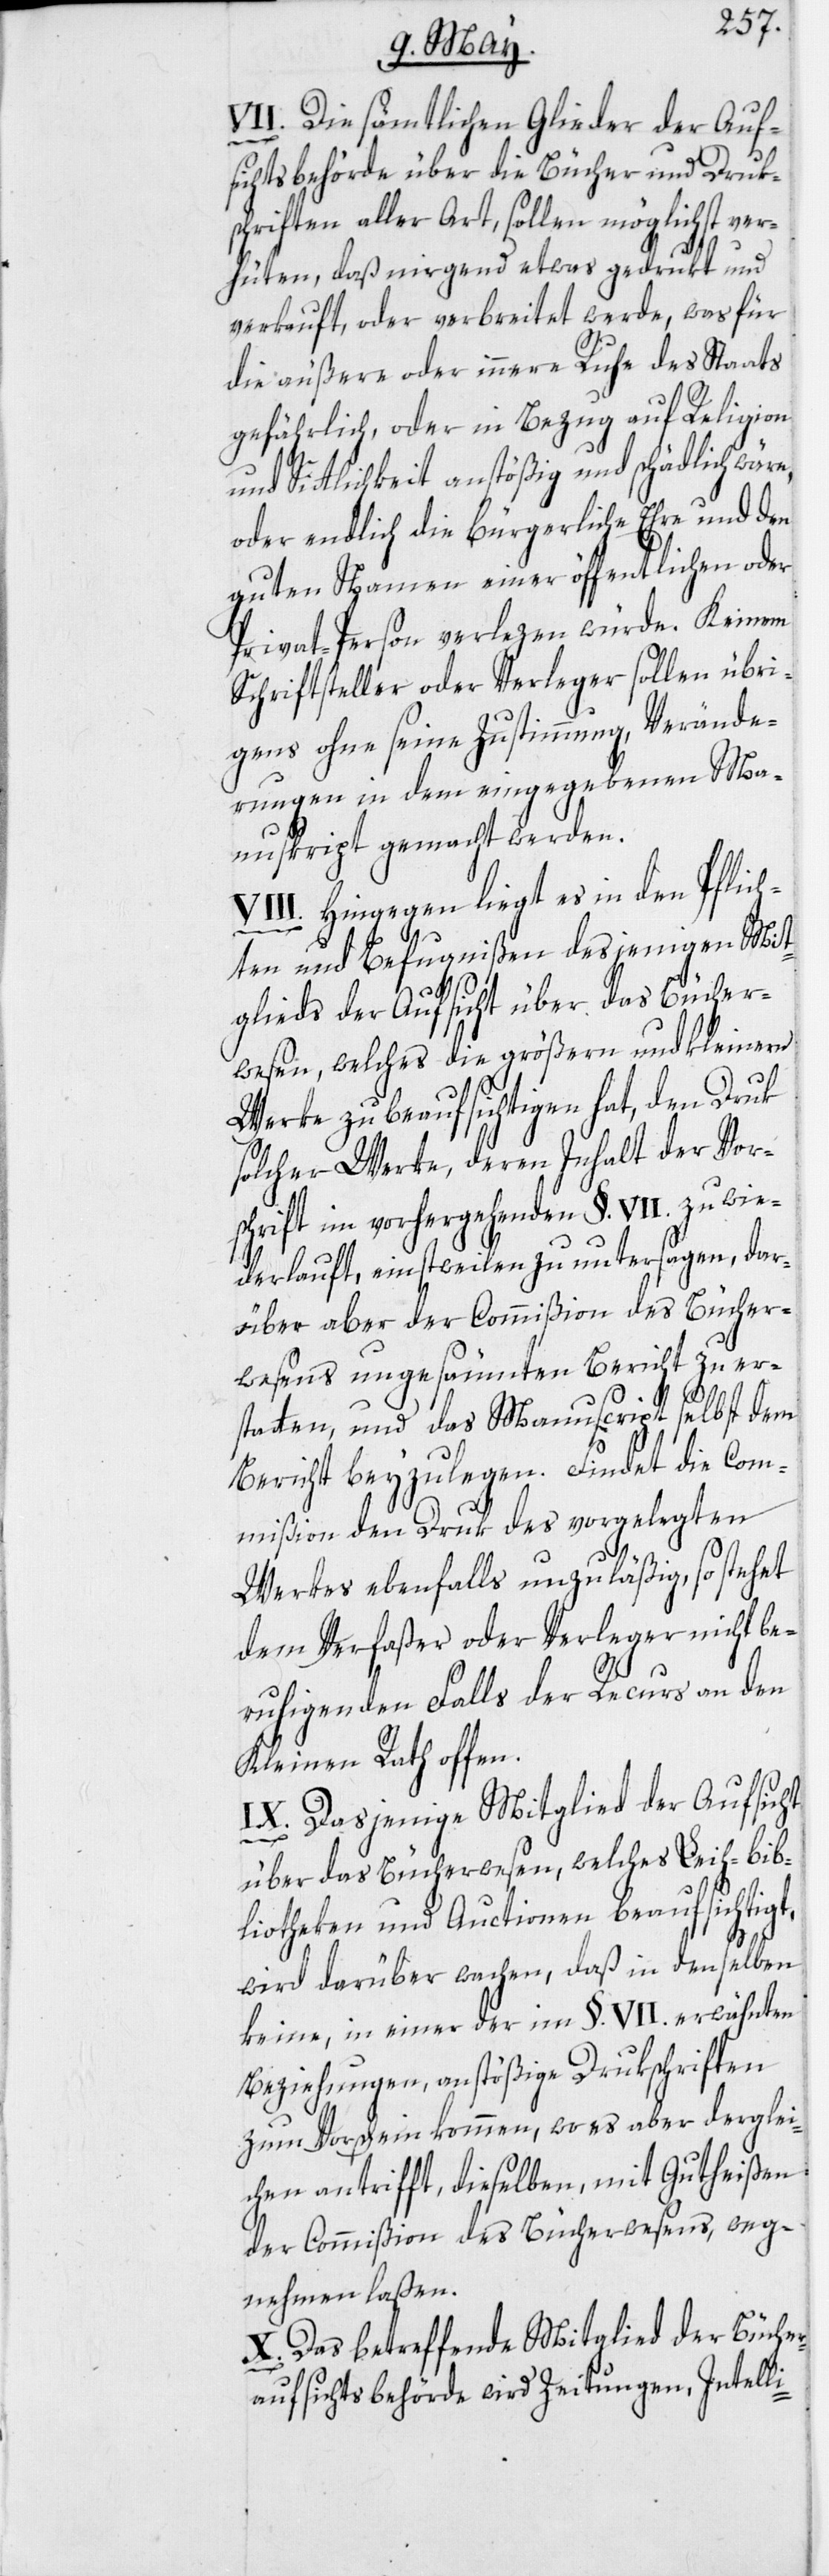
VII. Die sämtlichen Glieder der Auf¬
sichtsbehörde über die Bücher und Druk¬
schriften aller Art, sollen möglichst ver¬
hüten, daß nirgend etwas gedrukt und
verkauft, oder verbreitet werde, was für
die äußere oder innere Ruhe des Staats
gefährlich, oder in Bezug auf Religion
und Sittlichkeit anstößig und schädlich wär¬
oder endlich die bürgerliche Ehre und den
guten Namen einer öffentlichen oder
Privat-Person verlezen würde. Keinem
Schriftsteller oder Verleger sollen übri¬
gens ohne seine Zustimmung, Verände¬
rungen in dem eingegebenen Ma¬
nuskript gemacht werden.
VIII. Hingegen liegt es in den Pflich¬
i-
ten und Befugnißen desjenigen Mit¬
glieds der Aufsicht über das Bücher¬
wesen, welches die größern und kleinern
Werke zu beaufsichtigen hat, den Druk
solcher Werke, deren Inhalt der Vor¬
schrift im vorhergehenden §. VII. zuwie¬
derlauft, einstweilen zu untersagen, dar¬
über aber der Commißion des Bücher¬
wesens ungesäumten Bericht zu er¬
statten, und das Manuscript selbst dem
Bericht beyzulegen. Findet die Com¬
mißion den Druk des vorgelegten
Werkes ebenfalls unzuläßig, so stehet
dem Verfaßer oder Verleger nicht be¬
ruhigenden Falls der Recurs an den
Kleinen Rath offen.
IX. Dasjenige Mitglied der Aufsicht
über das Bücherwesen, welches Leih-bib¬
liotheken und Auctionen beaufsichtigt,
wird darüber wachen, daß in denselben
keine, in einer der im §. VII. erwähnten
Beziehungen, anstößige Drukschriften
zum Vorschein kommen, wo es aber derglei¬
chen antrifft, dieselben, mit Gutheißen
der Commißion des Bücherwesens, weg¬
nehmen laßen.
X. Das betreffende Mitglied der Bücher¬
aufsichtsbehörde wird Zeitungen, Intell¬